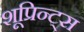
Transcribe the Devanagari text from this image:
शूप्रिन्ट्स